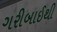
ગરીબાઈથી